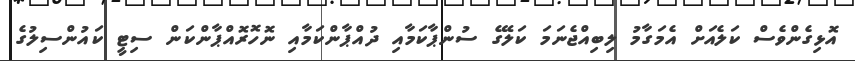
އޮޅިގެންވެސް ކަލެއަށް އެމަގާމު ލިބިއްޖެނަމަ ކަލޭގެ ސުންޕާކަމާއި ދުއްޕާންކަމާއި ނޮހޮރޮއްޕާންކަން ސިޓީ ކައުންސިލުގެ